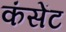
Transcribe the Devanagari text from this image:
कंसेंट